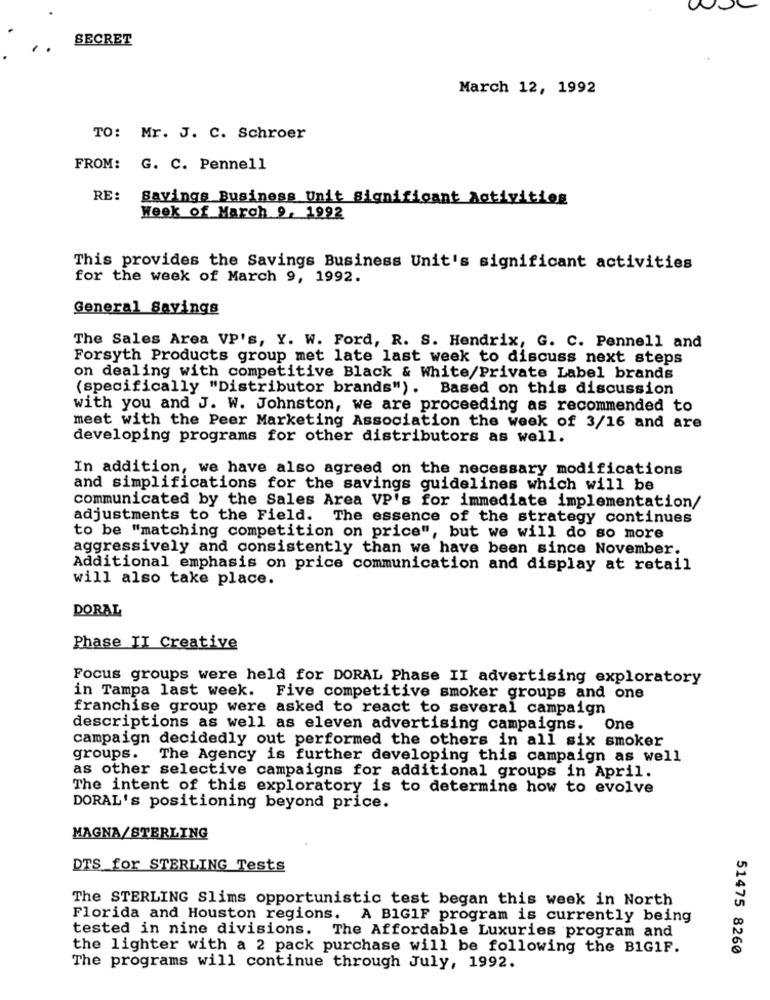
SECRET
March 12, 1992
TO: Mr. J. C. Schroer
FROM: G. C. Pennell
RE:
Savings Business Unit Significant Activities
Week of March 9, 1992
This provides the Savings Business Unit's significant activities
for the week of March 9, 1992.
General Savings
The Sales Area VP's, Y. W. Ford, R. S. Hendrix, G. C. Pennell and
Forsyth Products group met late last week to discuss next steps
on dealing with competitive Black & White/Private Label brands
(specifically "Distributor brands"). Based on this discussion
with you and J. W. Johnston, we are proceeding as recommended to
meet with the Peer Marketing Association the week of 3/16 and are
developing programs for other distributors as well.
In addition, we have also agreed on the necessary modifications
and simplifications for the savings guidelines which will be
communicated by the Sales Area VP's for immediate implementation/
adjustments to the Field. The essence of the strategy continues
to be "matching competition on price", but we will do so more
aggressively and consistently than we have been since November.
Additional emphasis on price communication and display at retail
will also take place.
DORAL
Phase II Creative
Focus groups were held for DORAL Phase II advertising exploratory
in Tampa last week. Five competitive smoker groups and one
franchise group were asked to react to several campaign
descriptions as well as eleven advertising campaigns.
One
campaign decidedly out performed the others in all six smoker
groups. The Agency is further developing this campaign as well
as other selective campaigns for additional groups in April.
The intent of this exploratory is to determine how to evolve
DORAL's positioning beyond price.
MAGNA/STERLING
DTS for STERLING Tests
The STERLING Slims opportunistic test began this week in North
Florida and Houston regions. A BIG1F program is currently being
tested in nine divisions.
The Affordable Luxuries program and
the lighter with a 2 pack purchase will be following the BIGIF.
51475 8260
The programs will continue through July, 1992.